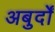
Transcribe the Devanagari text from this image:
अबुर्दों